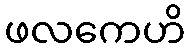
ဖလကေဟိ